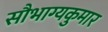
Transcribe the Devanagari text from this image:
सौभाग्यकुमार